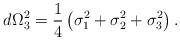
LaTeX: \begin{align*}d\Omega_{3}^{2}=\frac{1}{4}\left( \sigma_{1}^{2}+\sigma_{2}^{2}+\sigma_{3}^{2}\right) .\end{align*}